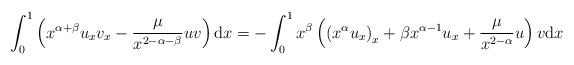
LaTeX: \begin{align*}\int_{0}^{1} \left(x^{\alpha+\beta} u_{x} v_{x}-\frac{\mu}{x^{2-\alpha-\beta}} u v\right) \mathrm{d}x=-\int_{0}^{1} x^{\beta}\left(\left(x^{\alpha} u_{x}\right)_{x}+\beta x^{\alpha-1} u_{x}+\frac{\mu}{{x^{2-\alpha}}} u\right) v \mathrm{d}x\end{align*}